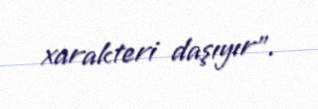
xarakteri daşıyır”.